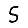
Digit: 5